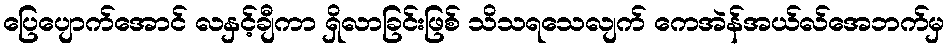
ပြေပျောက်အောင် လနှင့်ချီကာ ရှိလာခြင်းဖြစ် သိသရသေလျက် ကေအဲန်အယ်လ်အေဘက်မှ